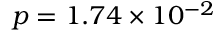
p = 1 . 7 4 \times 1 0 ^ { - 2 }